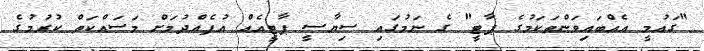
"ގައުމީ އެއްބައިވަންތަކަމުގެ ޕާޓީ" ގެ ނަމުގައި ސިޔާސީ ޕާޓީއެއް އުފެއްދުމަށް މަސައްކަތް ކުރުމުގެ